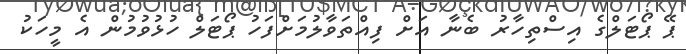
ޕޭ ޕޯޓަލްގެ އިސްތިހާރު ބެނާ އަށް ފިއްތަވާލުމަށްފަހު ޕޯޓަލް ހުޅުވުމުން އެ މީހަކު